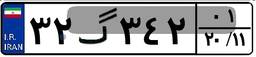
۳۲گ۳۴۲۰۱